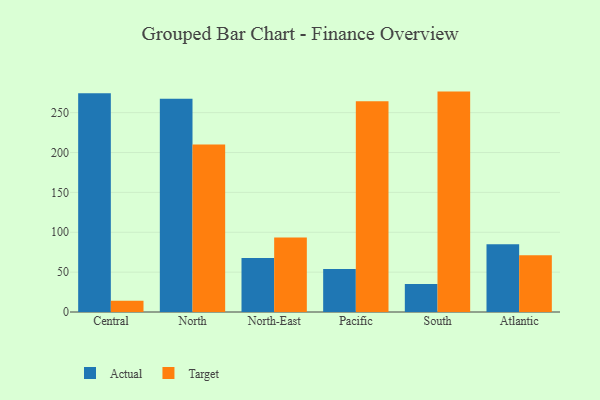
{"axis": {"x": "Region", "y": "Conversion Rate (%)"}, "legend": ["Actual", "Target"], "data": [{"x": "Central", "y": 274.2, "type": "Actual"}, {"x": "Central", "y": 14.1, "type": "Target"}, {"x": "North", "y": 267.3, "type": "Actual"}, {"x": "North", "y": 210.2, "type": "Target"}, {"x": "North-East", "y": 67.8, "type": "Actual"}, {"x": "North-East", "y": 93.4, "type": "Target"}, {"x": "Pacific", "y": 54.0, "type": "Actual"}, {"x": "Pacific", "y": 264.4, "type": "Target"}, {"x": "South", "y": 35.1, "type": "Actual"}, {"x": "South", "y": 276.4, "type": "Target"}, {"x": "Atlantic", "y": 84.9, "type": "Actual"}, {"x": "Atlantic", "y": 71.2, "type": "Target"}]}